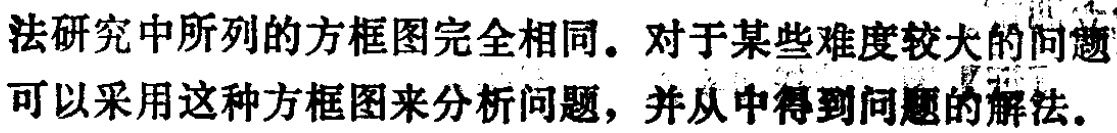
法研究中所列的方框图完全相同。对于某些难度较大的问题可以采用这种方框图来分析问题，并从中得到问题的解法。